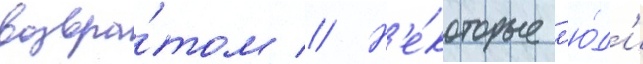
возвра́том // Н'е́которые л'ю́д'и